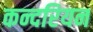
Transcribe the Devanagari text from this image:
कन्दरियन